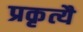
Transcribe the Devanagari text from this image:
प्रकृत्यै